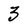
Character: 3